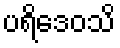
ပရိဒေဝသိ